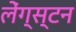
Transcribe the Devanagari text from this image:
लेंग्स्टन